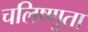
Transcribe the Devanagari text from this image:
चलिष्णुता